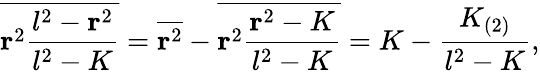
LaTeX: \overline{{{{\mathbf r}^{2}{\frac{l^{2}-{\mathbf r}^{2}}{l^{2}-K}}}}}=\overline{{{{\mathbf r}^{2}}}}-\overline{{{{\mathbf r}^{2}{\frac{{\mathbf r}^{2}-K}{l^{2}-K}}}}}=K-{\frac{K_{(2)}}{l^{2}-K}},